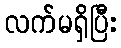
လက်မရှိပြီး